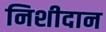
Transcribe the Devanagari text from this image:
निशीदान